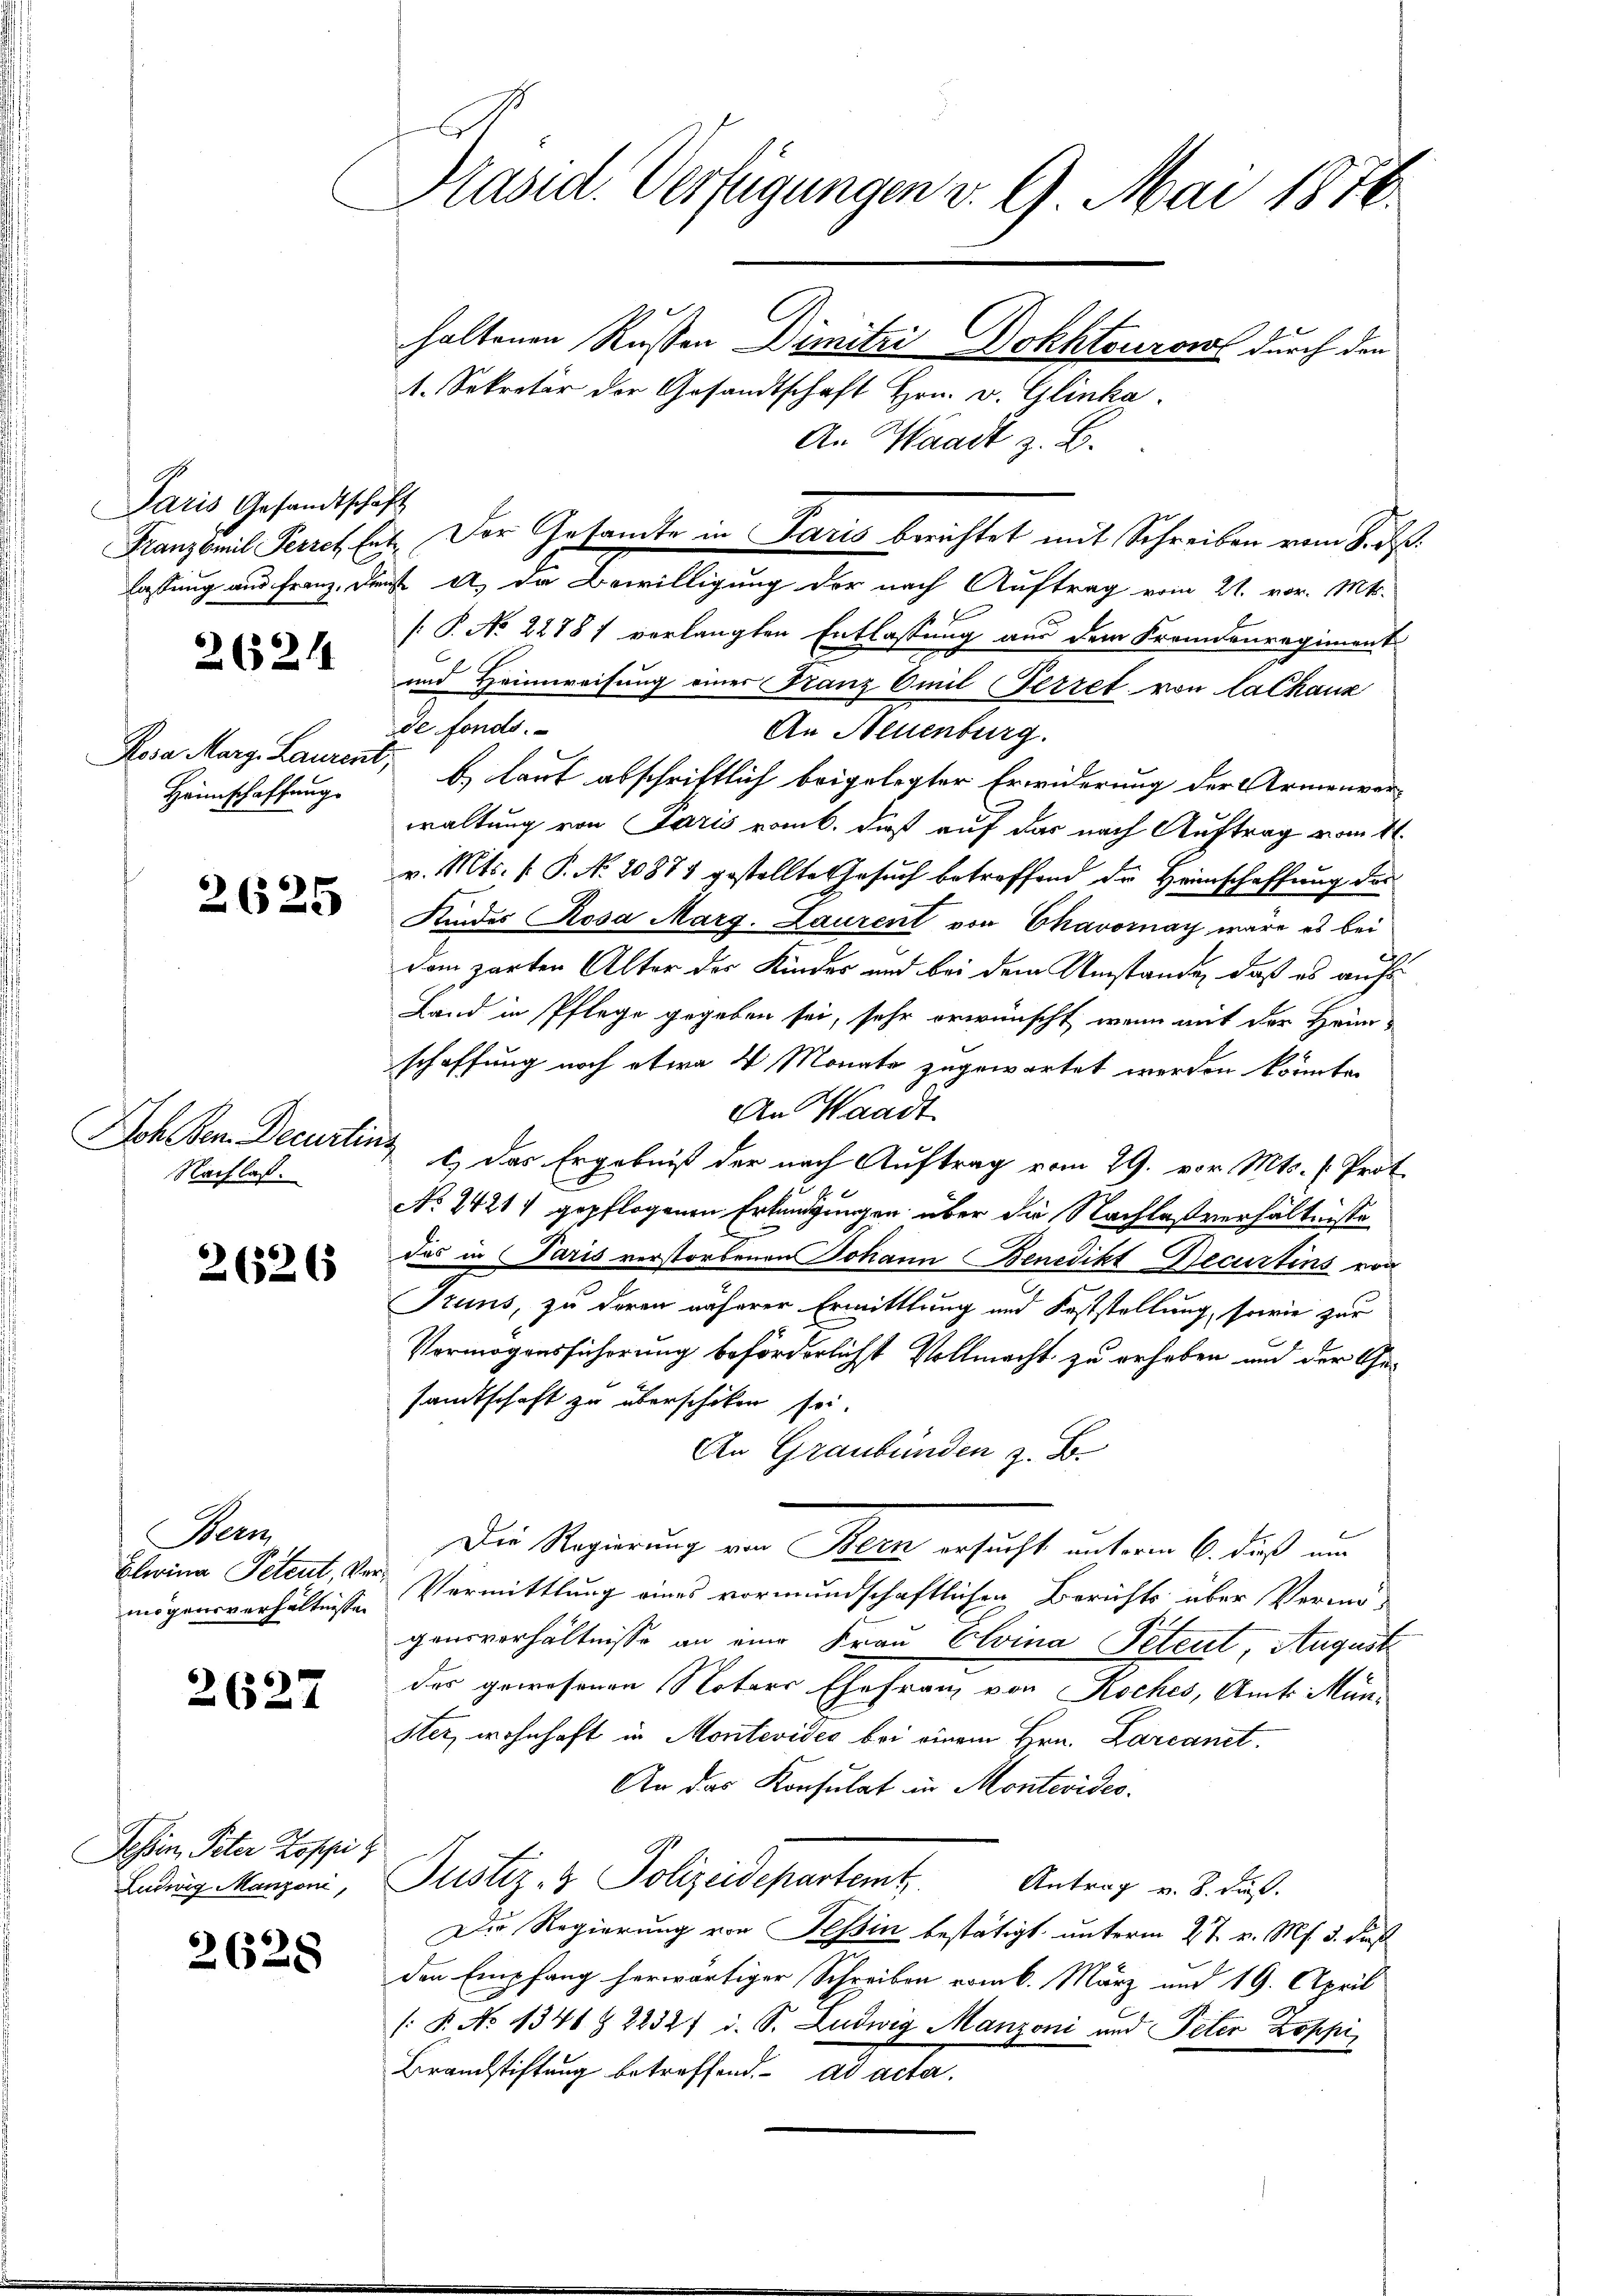
Paris Gesandtschaft

26214

Rosa Marg. Laurenz
Heimschaffung

2625

Joh den Decurte
Nachlaß.

2626

Berm
Clerina Petent, Ve
mögensverhältnissen

2627

Jossen, Peter Koppi
Ludwig Manzoni,

2628

Präsid. Verfügungen v. 9. Mai 1876.
C

haltenen Russen Dimitzi Dokhtouront durch den
1. Sekretär der Gesandtschaft Hrn. v. Glinka
An Waadt z. B.
lassung und Franz. Dienst u. da Bewilligung der nach Auftrag vom 21. vor. Mts.
[: P. No 22881 verlangten Entlassung aus dem Fremdenregiment
und Heimweisung einer Franz Emil Ferret von la Chaux
de fonds.
An Neuenburg.
b. laut abschriftlich beigelegter Erwiderung der Armenverwaltung von Paris vom 6. dieß auf das nach Auftrag vom 11.
v. Mts. f. P. No. 20871 gestellte Gesuch betreffend der Heimschaffung des
Kindes Rosa Marg. Laurent von Chavornay wäre es bei
dom zarten Alter der Kinder und bei dem Umstände, daß es aufs
Land in Pflege gegeben sei, sehr erwünscht, wenn mit der Heimschaffung noch etwa 4 Monate zugewartet werden könnte.
An Waadt
ch
t) das Ergebniß der nach Auftrag vom 29. vor. Mts. (Prot.
No 1421 gepflogenen Erkundigungen über die Nachlaßverhältnisse
Das in Paris verstorbenen Johann Benedikt Recurtins von
Truns, zu deren näherer Ermittlung und Feststellung, sowie zur
Vermögensführung beförderlichst Vollmacht zu erheben und der Gesandtschaft zu überschiken sei.
An Graubünden z. B.
Die Regierung von Stern ersucht unterm 6. dieß um
Vermittlung eines vormundschaftlichen Berichts über Vermö-
gensverhältnisse an eine Frau Elvina Petent, August
des gewesenen Notars Ehefranz von Koches, Amts Mün-
Stez wohnhaft in Montevides bei einem Hrn. Larcanet.
An das Konsulat in Montevides.
Justiz- & Polizeidepartemt
Antrag v. 8. Fuß.
Die Regierung von Tessin bestätigt unterm 27. v. Ms. 3. dies
den Empfang herwärtiger Schreiben vom 6. März und 19. April
/: P. No 1341 § 22327 d. S. Ludwig Manzoni und Peter Zoppi
Brandstiftung betreffend. ad acta.

Franzberich Perret hat. Der Gesandte in Paris berichtet mit Schreiben vom Si